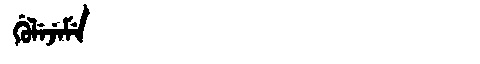
Manchu: ᡤᡠᠯᡝᠵᡝᠮᡝ
Romanization: GULEJEME